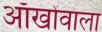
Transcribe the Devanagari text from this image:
आँखोंवाला